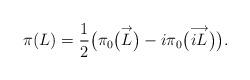
LaTeX: \begin{gather*}\pi(L)=\frac12 \big(\pi_0\big(\overset{\rightarrow}{L}\big)-i\pi_0\big(\overset{\longrightarrow}{iL}\big)\big).\end{gather*}